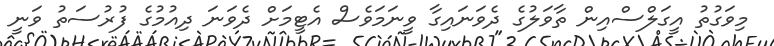
މިވަގުތު އީގަލްސްއިން ތާވަލުގެ ދެވަނައިގާ ވީނަމަވެސް އެޓީމަށް ދެވަނަ ދިއުމުގެ ފުރުސަތު ވަނީ